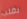
بقلب